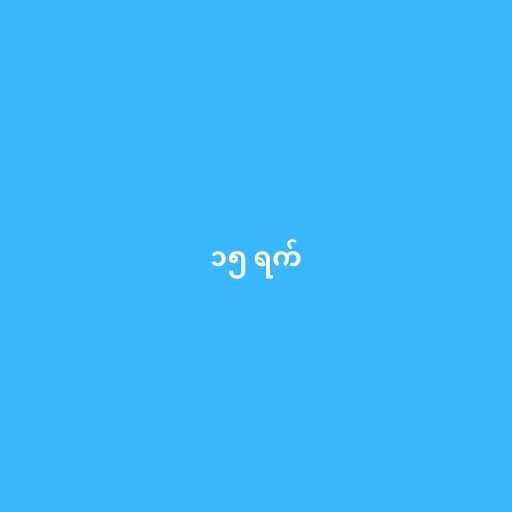
၁၅ ရက်